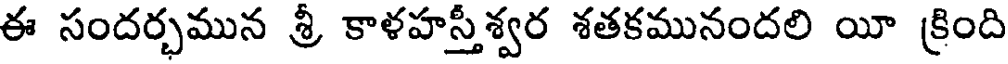
ఈ సందర్భమున శ్రీ కాళహస్తీశ్వర శతకమునందలి యీ క్రింది